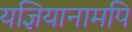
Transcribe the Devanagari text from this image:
यज्ञियानामपि